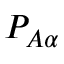
P _ { A \alpha }